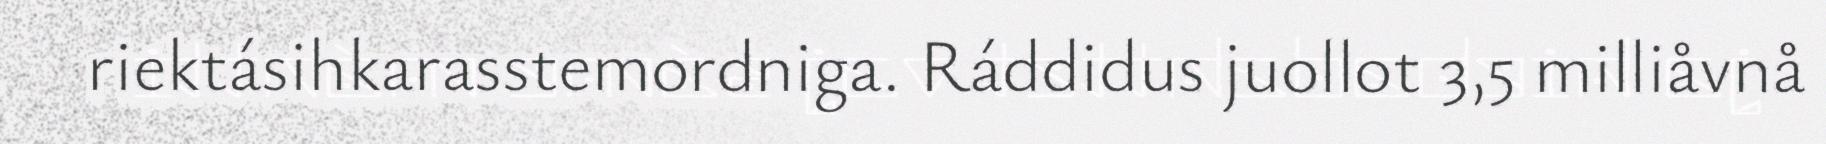
riektásihkarasstemordniga. Ráddidus juollot 3,5 milliåvnå